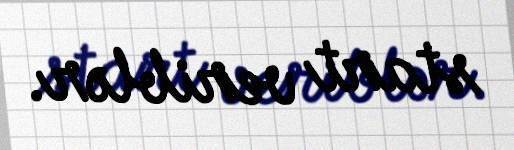
start veriblər.